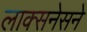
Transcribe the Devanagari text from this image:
लाक्सनेसने